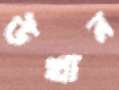
উত্থান